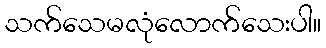
သက်သေမလုံလောက်သေးပါ။